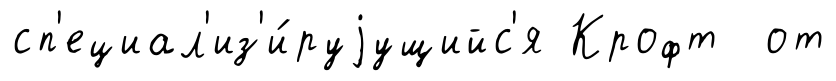
сп'ециал'из'и́руjущийс'я Крофт от